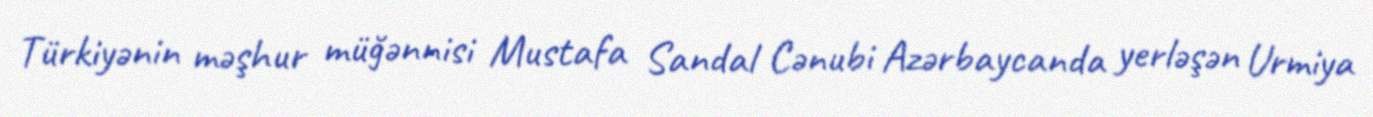
Türkiyənin məşhur müğənnisi Mustafa Sandal Cənubi Azərbaycanda yerləşən Urmiya